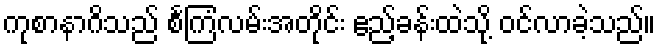
ကုစာနာဂိသည် စင်္ကြံလမ်းအတိုင်း ဧည့်ခန်းထဲသို့ ဝင်လာခဲ့သည်။